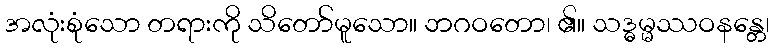
အလုံးစုံသော တရားကို သိတော်မူသော။ ဘဂဝတော၊ ၏။ သဒ္ဓမ္မဿဝနန္တေ၊